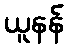
ယူနန်